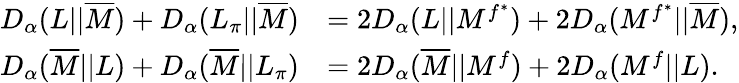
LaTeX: \begin{array}{rl}{D_{\alpha}(L||\overline{{M}})+D_{\alpha}(L_{\pi}||\overline{{M}})}&{=2D_{\alpha}(L||M^{f^{*}})+2D_{\alpha}(M^{f^{*}}||\overline{{M}}),}\\ {D_{\alpha}(\overline{{M}}||L)+D_{\alpha}(\overline{{M}}||L_{\pi})}&{=2D_{\alpha}(\overline{{M}}||M^{f})+2D_{\alpha}(M^{f}||L).}\end{array}